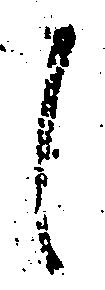
し